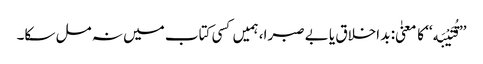
’’قُتَیْبَه‘‘ کا معنیٰ: بد اخلاق یا بے صبرا، ہمیں کسی کتاب میں نہ مل سکا۔